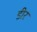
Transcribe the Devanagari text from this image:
डीर